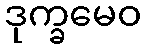
ဒုက္ခမေဝ